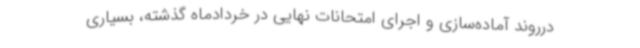
درروند آماده‌سازی و اجرای امتحانات نهایی در خردادماه گذشته، بسیاری